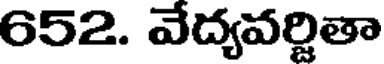
652. వేద్యవర్జితా